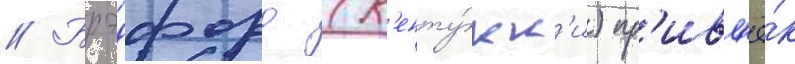
// Брэдфорд (к'енту́кк'и) пр'ивл'ё́к